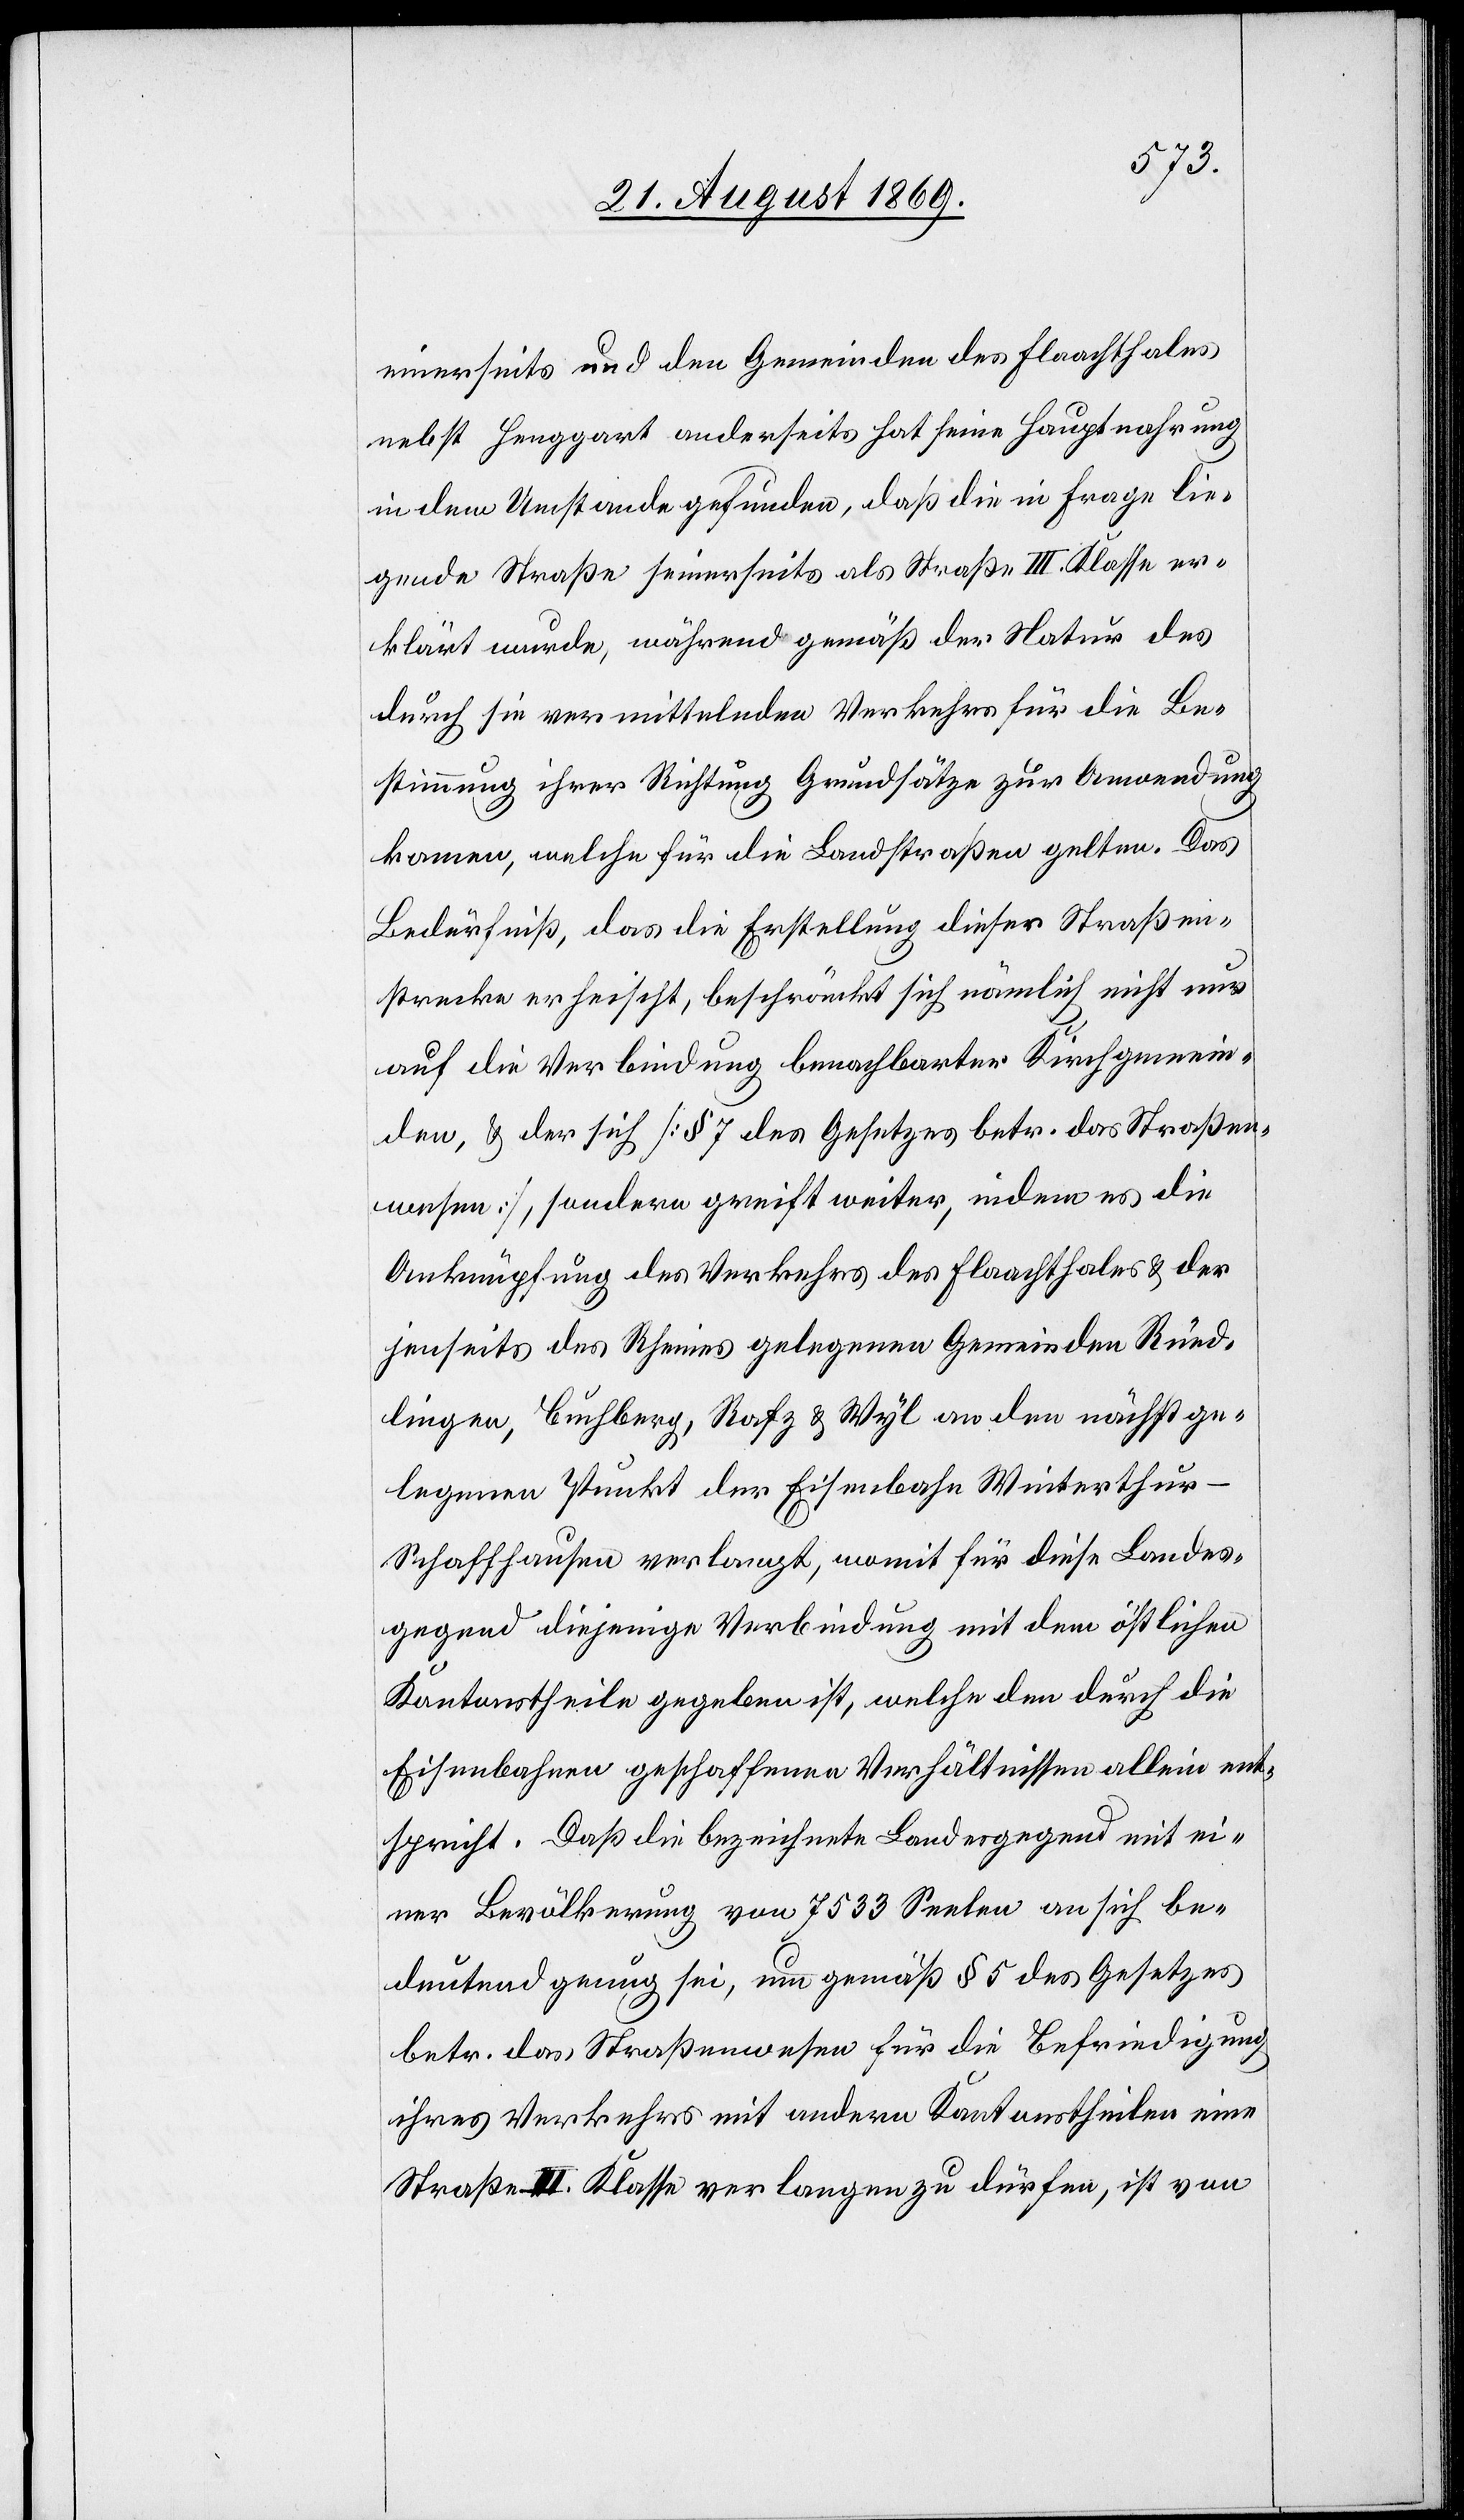
einerseits und den Gemeinden des Flaachthales
nebst Henggart anderseits hat seine Hauptnahrung
in dem Umstande gefunden, daß die in Frage lie¬
gende Straße seinerseits als Straße III. Klasse er¬
klärt wurde, während gemäß der Natur des
durch sie vermittelnden Verkehrs für die Be¬
stimmung ihrer Richtung Grundsätze zur Anwendung
kamen, welche für die Landstraßen gelten. Das
Bedürfniß, das die Erstellung dieser Straßen¬
strecke erheischt, beschränkt sich nämlich nicht nur
auf die Verbindung benachbarter Kirchgemein¬
den, & der sich [sic!] [§ 7 des Gesetzes betr. das Straßen¬
wesen], sondern greift weiter, indem es die
Anknüpfung des Verkehrs des Flaachthales & der
jenseits des Rheines gelegenen Gemeinden Rüed¬
lingen, Buchberg, Rafz & Wyl an den nächst ge¬
legenen Punkt der Eisenbahn Winterthur–S¬
chaffhausen verlangt, womit für diese Landes¬
gegend diejenige Verbindung mit dem östlichen
Kantonstheile gegeben ist, welche den durch die
Eisenbahnen geschaffenen Verhältnissen allein ent¬
spricht. Daß die bezeichnete Landesgegend mit ei¬
ner Bevölkerung von 7533 Seelen an sich be¬
deutend genug sei, um gemäß § 5 des Gesetzes
betr. das Straßenwesen für die Befriedigung
ihres Verkehrs mit andern Kantonstheilen eine
Straße II. Klasse verlangen zu dürfen, ist von